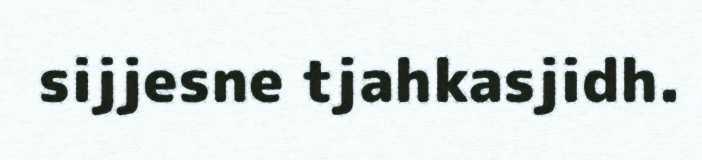
sijjesne tjahkasjidh.